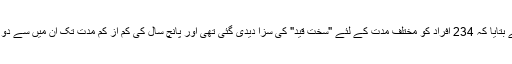
فوج کے میڈیا ونگ نے بتایا کہ 234 افراد کو مختلف مدت کے لئے "سخت قید" کی سزا دیدی گئی تھی اور پانچ سال کی کم از کم مدت تک ان میں سے دو کو برداشت کیا گیا تھا۔